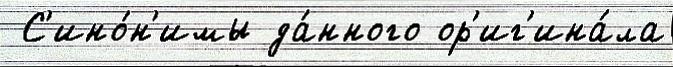
 С'ино́н'имы да́нного ор'иг'ина́ла